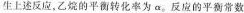
生上述反应，乙烷的平衡转化率为α。反应的平衡常数